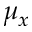
\mu _ { x }